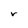
Character: r